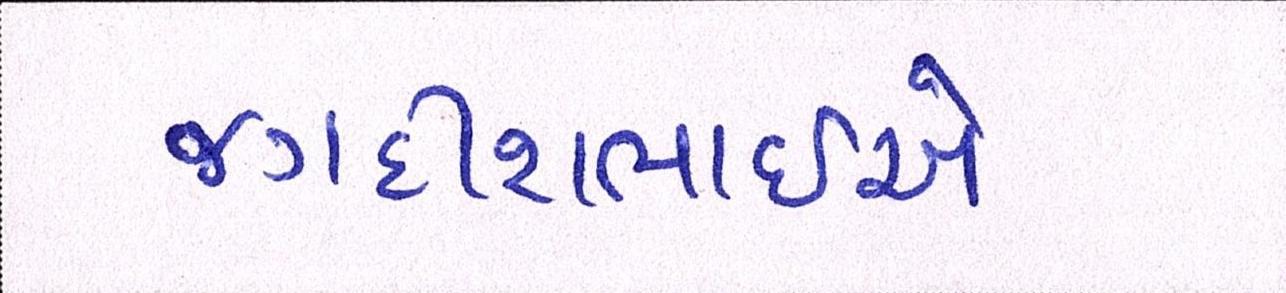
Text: જગદીશભાઇએ